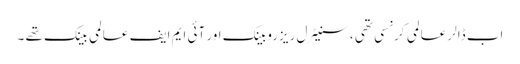
اب ڈالر عالمی کرنسی تھی ، سنیٹرل ریزروبینک اور آئی ایم ایف عالمی بینک تھے ۔